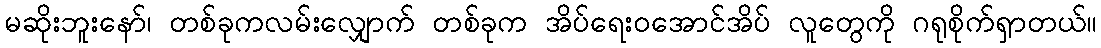
မဆိုးဘူးနော်၊ တစ်ခုကလမ်းလျှောက် တစ်ခုက အိပ်ရေးဝအောင်အိပ် လူတွေကို ဂရုစိုက်ရှာတယ်။